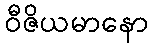
ဝီဇိယမာနော